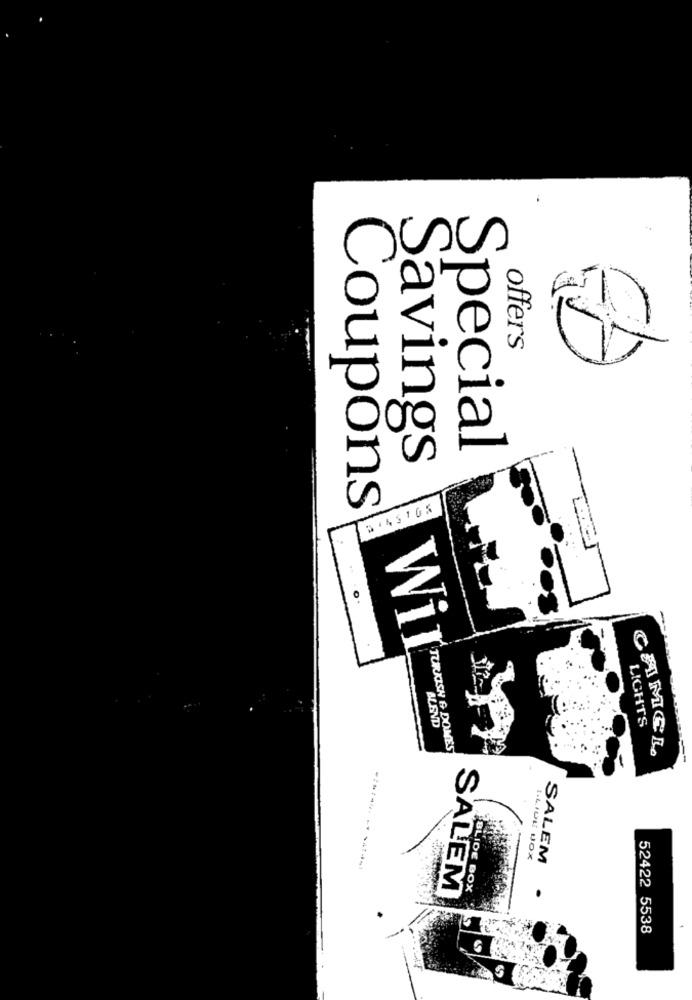
offers
Special
Savings
Coupons
Wir
C
BLEND
LIGHTS
TURKISH & DOMES
AMEL
LLIDE BOX
SALEM
SALEM
BLIDE BOX
52422 5538